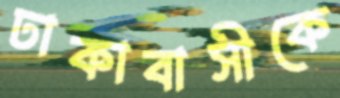
ঢাকাবাসীকে